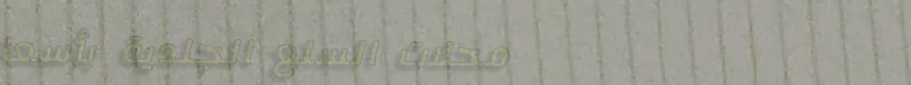
محلات السلع الجلدية بأسعا